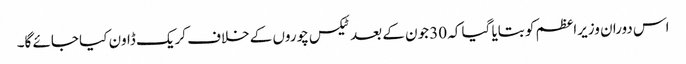
اس دوران وزیراعظم کو بتایا گیا کہ 30 جون کے بعد ٹیکس چوروں کے خلاف کریک ڈاون کیا جائے گا۔